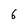
Character: 6